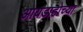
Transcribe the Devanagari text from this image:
आयडाहोच्या